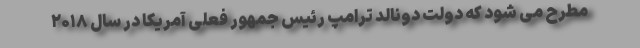
مطرح می شود که دولت دونالد ترامپ رئیس جمهور فعلی آمریکا در سال ۲۰۱۸